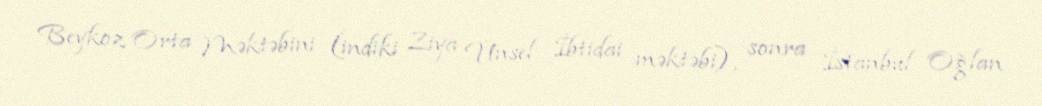
Beykoz Orta Məktəbini (indiki Ziya Ünsel İbtidai məktəbi), sonra İstanbul Oğlan